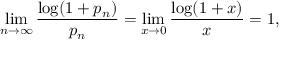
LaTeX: \operatorname* { l i m } _ { n \to \infty } { \frac { \log ( 1 + p _ { n } ) } { p _ { n } } } = \operatorname* { l i m } _ { x \to 0 } { \frac { \log ( 1 + x ) } { x } } = 1 ,